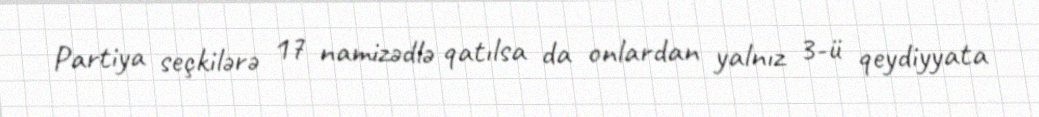
Partiya seçkilərə 17 namizədlə qatılsa da onlardan yalnız 3-ü qeydiyyata